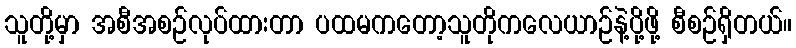
သူတို့မှာ အစီအစဉ်လုပ်ထားတာ ပထမကတော့သူတိုကလေယာဉ်နဲ့ပို့ဖို့ စီစဉ်ရှိတယ်။